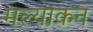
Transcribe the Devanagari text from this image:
मल्यांकन